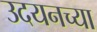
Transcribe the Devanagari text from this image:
उदयनच्या